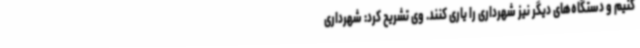
کنیم و دستگاه‌های دیگر نیز شهرداری را یاری کنند. وی تشریح کرد: شهرداری